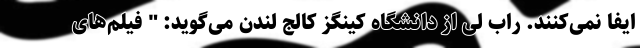
ایفا نمی‌کنند. راب لی از دانشگاه کینگز کالج لندن می‌گوید: " فیلم‌های